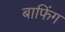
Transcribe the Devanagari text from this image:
बाफिंग